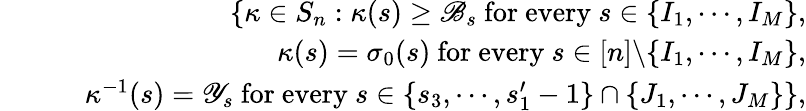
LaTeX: \begin{array}{rlr}&{}&{\{ \kappa\in S_{n}:\kappa(s)\geq\mathscr{B}_{s}\mathrm{~for~every~}s\in\{ I_{1},\cdots,I_{M}\} ,}\\ &{}&{\quad\kappa(s)=\sigma_{0}(s)\mathrm{~for~every~}s\in[n]\backslash\{ I_{1},\cdots,I_{M}\} ,}\\ &{}&{\quad\kappa^{-1}(s)=\mathscr{Y}_{s}\mathrm{~for~every~}s\in\{ s_{3},\cdots,s_{1}^{\prime}-1\} \cap\{ J_{1},\cdots,J_{M}\} \} ,}\end{array}